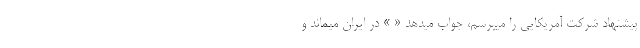
پیشنهاد شرکت آمریکایی را میپرسم، جواب میدهد « » در ایران میماند و